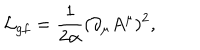
{ \cal L } _ { g f } = { \frac { 1 } { 2 \alpha } } ( \partial _ { \mu } A ^ { \mu } ) ^ { 2 } ,